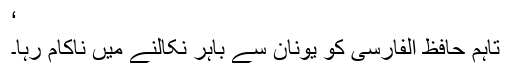
‘
تاہم حافظ الفارسی کو یونان سے باہر نکالنے میں ناکام رہا۔